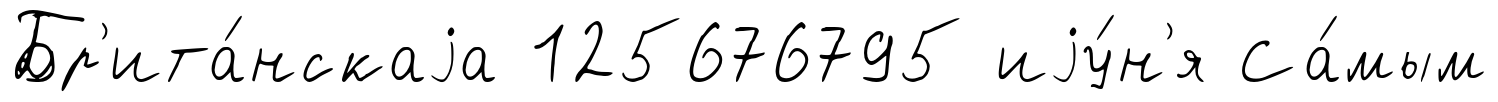
Бр'ита́нскаjа 125676795 иjу́н'я Са́мым